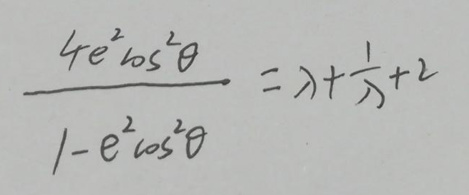
\[
\frac{4e^{2}\cos^{2}\theta}{1 - e^{2}\cos^{2}\theta}=\lambda+\frac{1}{\lambda}+2
\]